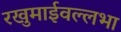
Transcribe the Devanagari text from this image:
रखुमाईवल्लभा